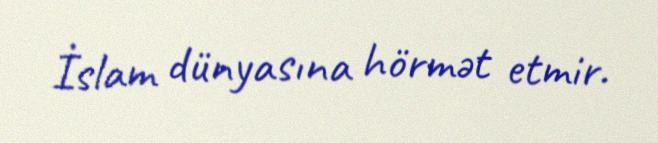
İslam dünyasına hörmət etmir.